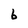
Character: 6